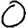
Digit: 0